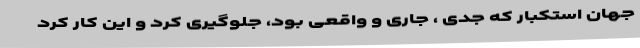
جهان استکبار که جدی ، جاری و واقعی بود، جلوگیری کرد و این کار کرد